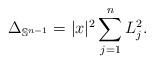
LaTeX: \begin{align*} \Delta_{\mathbb{S}^{n-1}}=|x|^2\sum_{j=1}^nL_j^2.\end{align*}